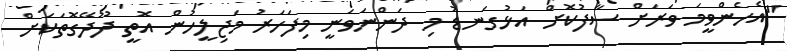
"އެހެންވީމަ ވަރަށް ސާފުކޮށް އަޅުގަނޑު މި ދަންނަވަނީ މިފަހަރު މަޖިލީހުން އޮތީ ދޫދޭގޮތަކަށް